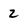
Character: 2